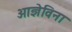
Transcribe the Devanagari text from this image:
आज्ञेविना